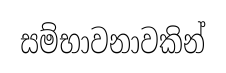
සම්භාවනාවකින්